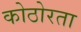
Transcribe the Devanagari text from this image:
कोठोरता